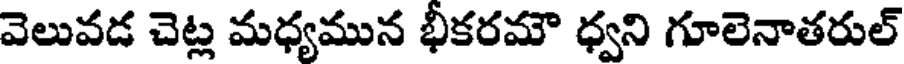
వెలువడ చెట్ల మధ్యమున భీకరమౌ ధ్వని గూలెనాతరుల్